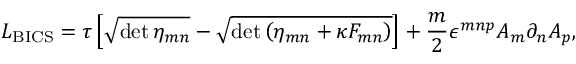
{ \cal L } _ { \mathrm { B I C S } } = \tau \left[ \sqrt { \operatorname * { d e t } \eta _ { m n } } - \sqrt { \operatorname * { d e t } \left( \eta _ { m n } + \kappa F _ { m n } \right) } \right] + \frac { m } { 2 } \epsilon ^ { m n p } A _ { m } \partial _ { n } A _ { p } ,